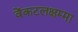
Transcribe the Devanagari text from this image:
वेंकटलक्षम्मा